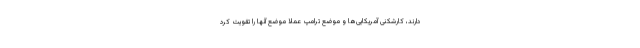
دارند، کارشکنی آمریکایی‌ها و موضع ترامپ عملا موضع آنها را تقویت کرد